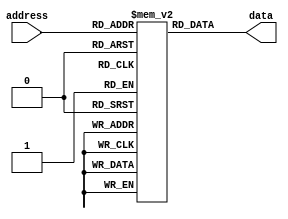
module ROM (
    input [7:0] address, // Input address bus
    output reg [15:0] data // Output data bus
);

reg [15:0] memory [0:255]; // 256x16 memory array

// Initialize memory with data values
initial begin
    memory[0] = 16'h0000;
    memory[1] = 16'h1234;
    // Add more initialization values as needed
end

// Sequential logic to read data based on input address
always @(*) begin
    data = memory[address];
end

endmodule